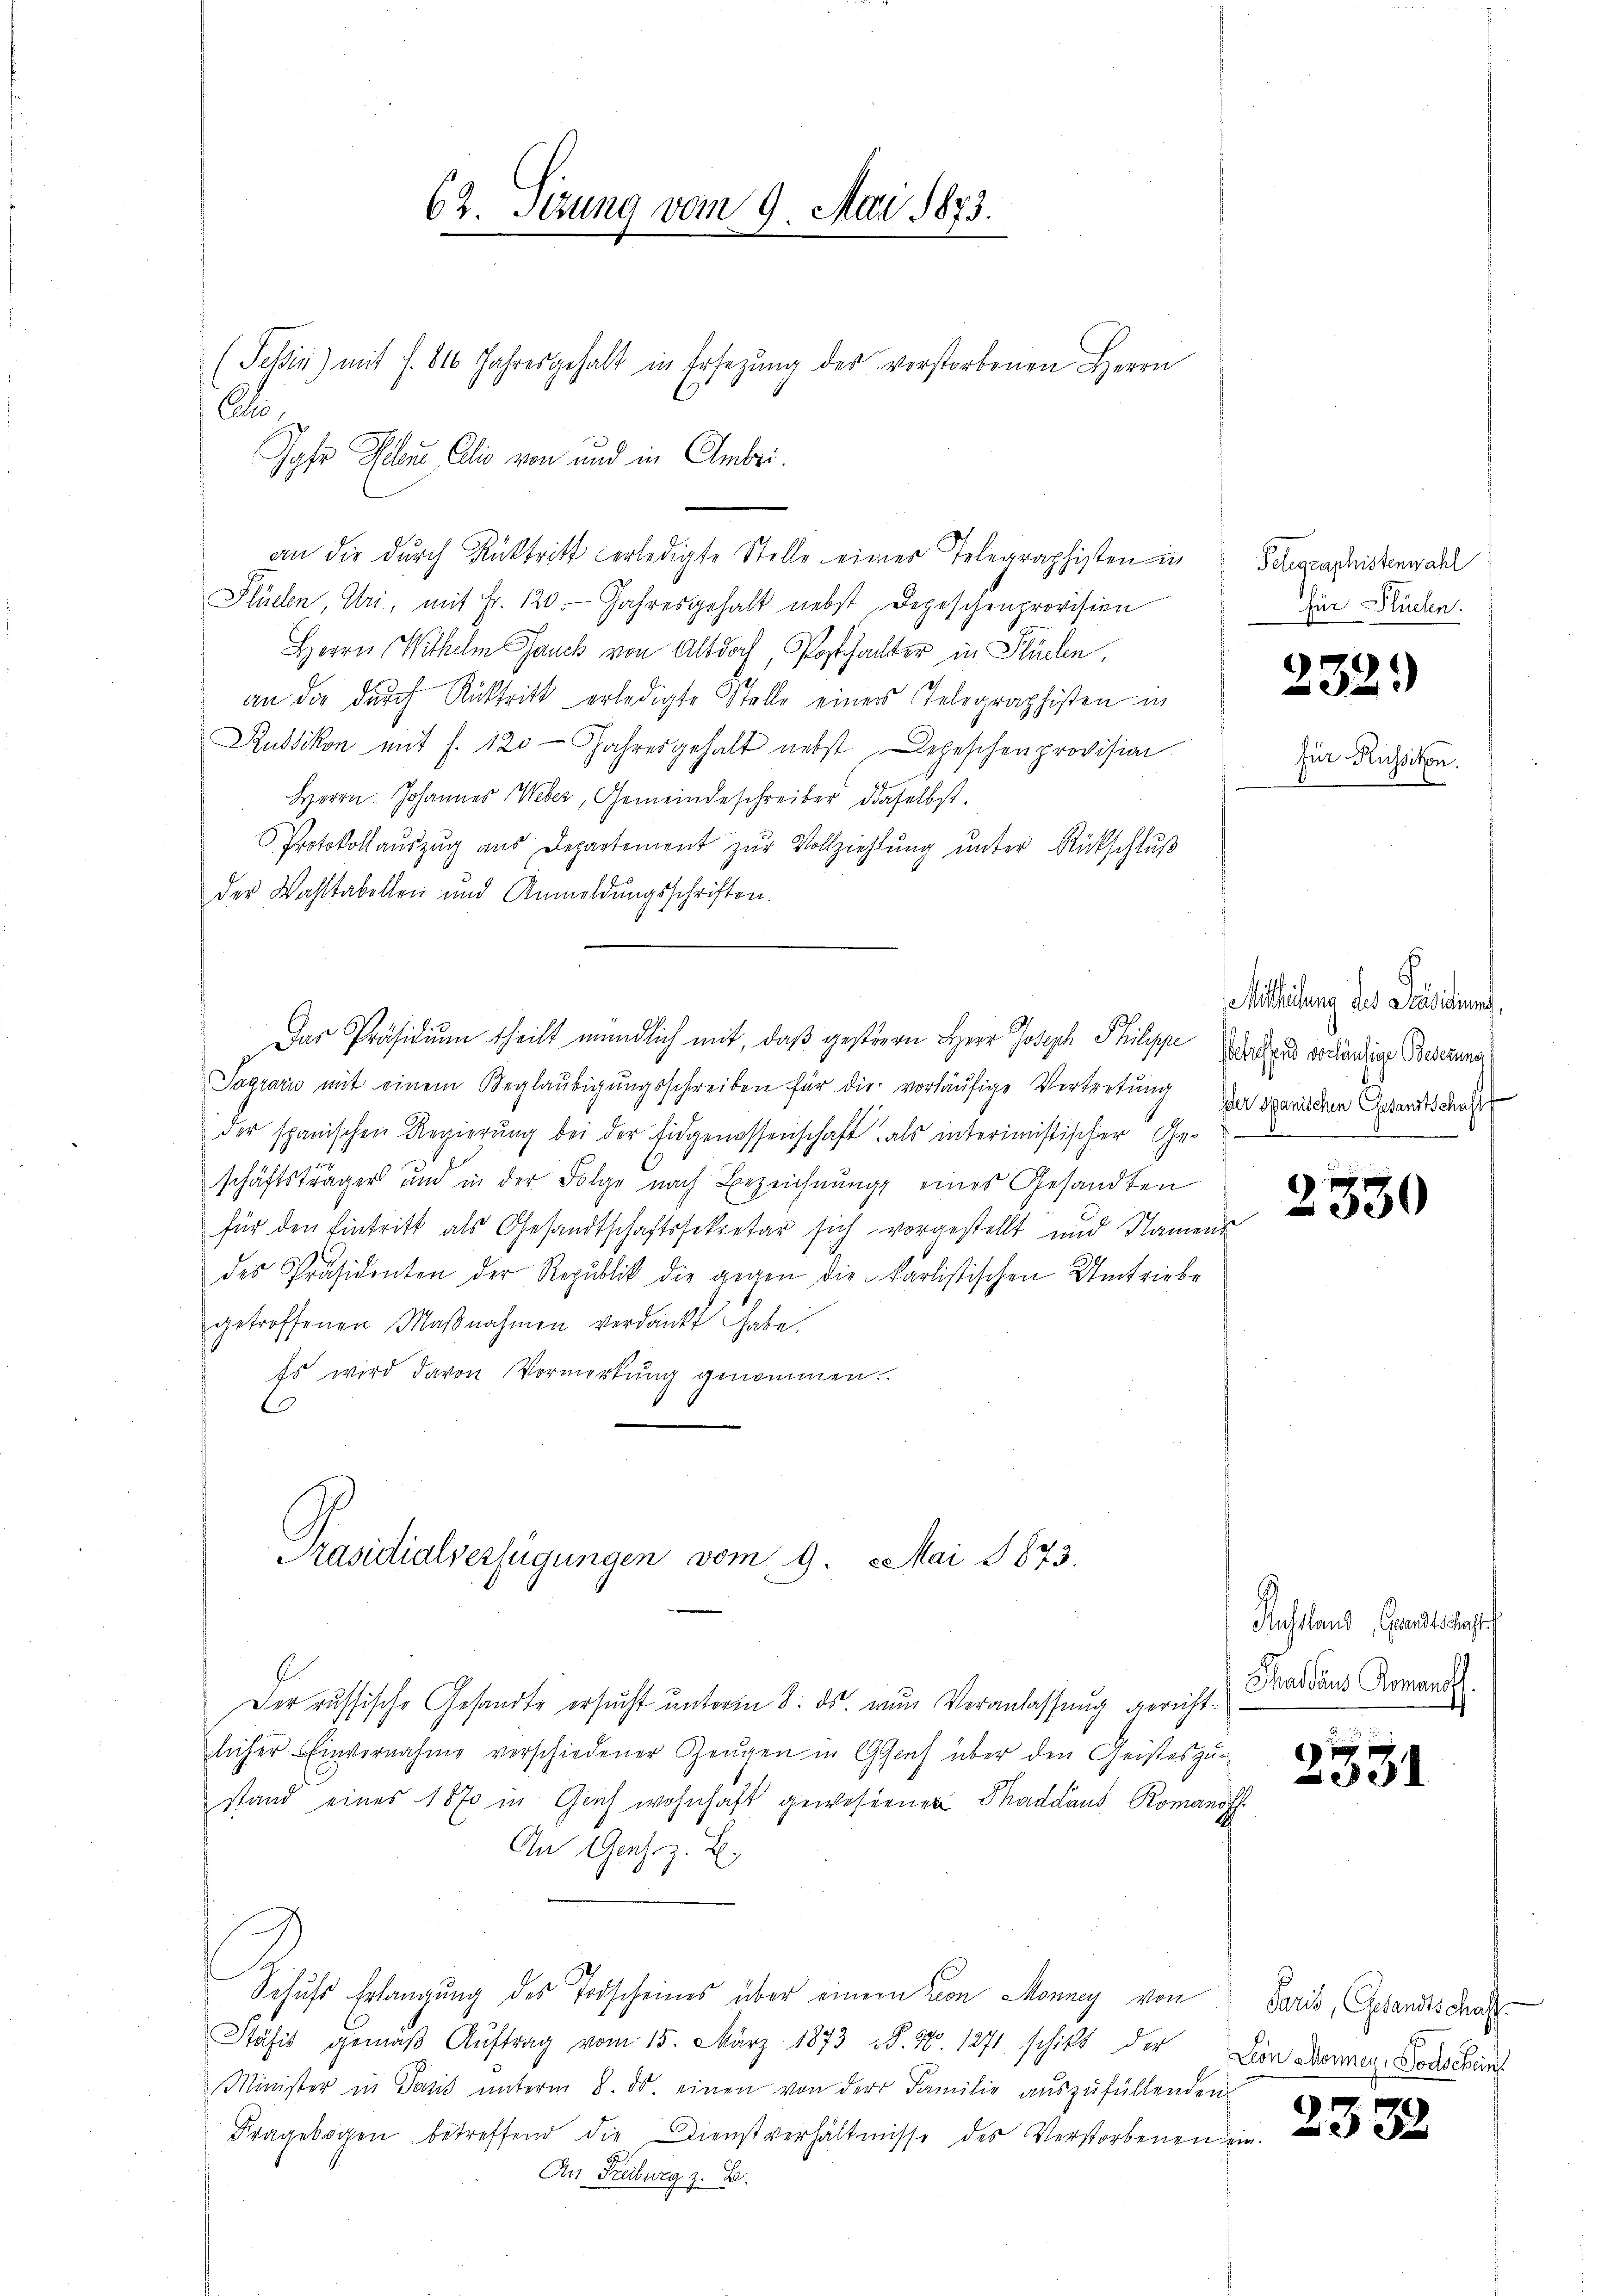
62. Sizung vom 9. Mai 1873.

(Schin) mit f. 816 Jahresgehalt in Ersezung des verstorbenen Herrn
C
Jahr Pelz Calio von und in Ambri
an die durch Rücktritt verledigte Stelle einer Telegraphisten in
Stüelen, Uri, mit Fr. 120. Jahresgehalt nebst Depeschenprovision
Herrn Wilhelm Gauck von Altdoch, Posthalter in Stücken,
an die durch Rücktritt erledigte Stelle eines Telegraphisten in
Russikon mit f. 120 Jahresgehalt nebst Depeschen provision
Herrn. Johannes Weber, Gemeindeschreiber daselbst.
Protokollaŭszŭg aŭs Departement zŭr Vollziehlŭng ŭnter Rückschlŭβ
der Wahltabellen und Anmeldungsschriften.
Das Präsidium theilt mündlich mit, daß gestieren Herr Joseph Philippe vocandier Bederung
Tagraris mit einem Beglaŭbigŭngsschreiben für die vorläŭfige Vertretung
der spanischen Regierŭng bei der Eidgenossenschaft als interimistischer Ge-
schäftsträger und in der Folge nach Bezeichnung eines Gesandten
für den Eintritt als Gesandtschaftssekretär sich vorgestellt und Namens
des Präsidenten der Republik die gegen die karlistischen Umtriebe
getroffenen Maβnahmen verdankt habe.
Es wird davon Vormerkŭng genommen.
Präsidialverfügungen vom 9. Mai 1873.
Der russische Gesandte ersucht unterm 8. ds. nun Veranlassung gerichtlicher Einvernahme verschiedener Zeugen in Genf über den Geisteszustand eines 1870 in Graf wohnhaft gewesenen Thaddaus Romanot
An Ges. z. B.
Schuss Erlangung des Todscheines über einem von Monney von
Stäsis gemäβ Aŭftrag vom 15. März 1873 S. 10. 1271 schikt der Lien Donnen, Bodischein
Minister in Pacis ŭnterm 8. ds. einen von der Familie aŭszŭfüllenden
Fragebogen betreffend die Dienstverhältnisse des Verstorbenen ein-
An Freiburg z. B.

Pelegraphistenwahl
für Flüchen.

232.)

für Russikon.
.

Mitleitung des Präsiden.
Der Spanischen Gesandtschafft
.
f

2330

Russland, Grandtschaft
Thaddaus Romanoff.

2331

Paris, Gesandtschaff

233.